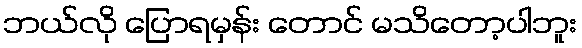
ဘယ်လို ပြောရမှန်း တောင် မသိတော့ပါဘူး